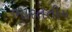
ભારતતીય